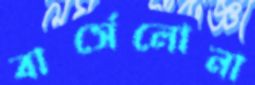
বার্সেলোনা